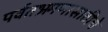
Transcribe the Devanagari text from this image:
पर्वतभ्रमणासाठीचे